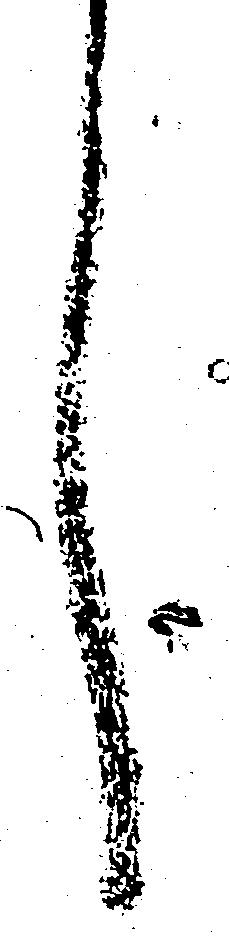
し